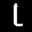
Label: 1